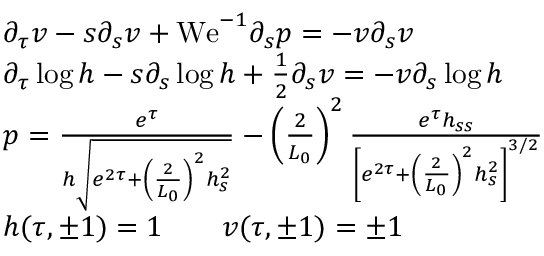
\begin{array} { r l } & { \partial _ { \tau } v - s \partial _ { s } v + \mathrm { W e } ^ { - 1 } \partial _ { s } p = - v \partial _ { s } v } \\ & { \partial _ { \tau } \log h - s \partial _ { s } \log h + \frac { 1 } { 2 } \partial _ { s } v = - v \partial _ { s } \log h } \\ & { p = \frac { e ^ { \tau } } { h \sqrt { e ^ { 2 \tau } + \left( \frac { 2 } { L _ { 0 } } \right) ^ { 2 } h _ { s } ^ { 2 } } } - \left( \frac { 2 } { L _ { 0 } } \right) ^ { 2 } \frac { e ^ { \tau } h _ { s s } } { \left[ e ^ { 2 \tau } + \left( \frac { 2 } { L _ { 0 } } \right) ^ { 2 } h _ { s } ^ { 2 } \right] ^ { 3 / 2 } } } \\ & { h ( \tau , \pm 1 ) = 1 \qquad v ( \tau , \pm 1 ) = \pm 1 } \end{array}